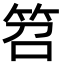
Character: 笤